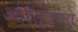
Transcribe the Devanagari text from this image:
ओरेल्लाना